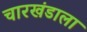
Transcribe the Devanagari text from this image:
चारखंडाला